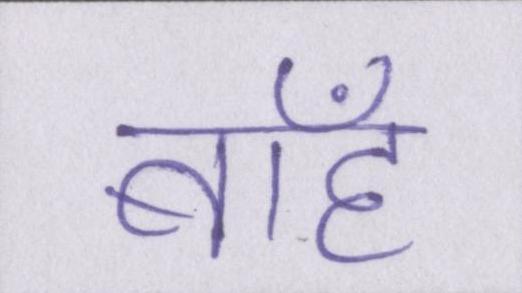
बाँह